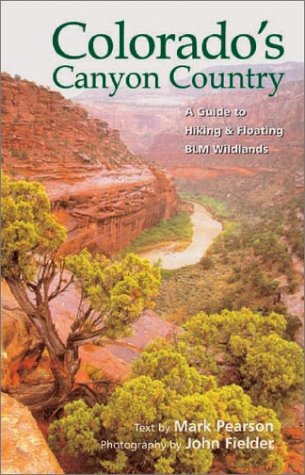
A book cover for Colorado's Canyon Country: A Guide to Hiking and Floating Blm Wildlands; Mark Pearson; Travel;